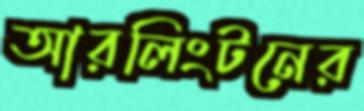
আরলিংটনের